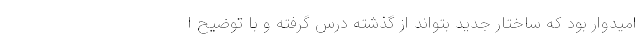
امیدوار بود که ساختار جدید بتواند از گذشته درس گرفته و با توضیح ا